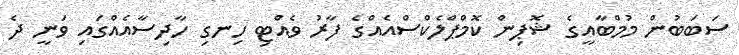
ސަބަބުން މުމްބާއީގެ ޝޮޕިން ކޮމްޕްލެކްސްއެއްގެ ފާރު ވެއްޓި ހިނގި ހާދިސާއެއްގައި ވަނީ ދެ